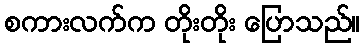
စကားလက်က တိုးတိုး ပြောသည်။